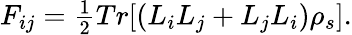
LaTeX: \begin{array}{r}{F_{ij}=\frac{1}{2}Tr[(L_{i}L_{j}+L_{j}L_{i})\rho_{s}].}\end{array}